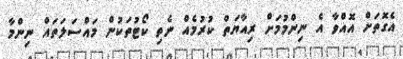
އެގޮތަށް އޮއްވާ އެ ނިންމުމަށް ރިއާޔަތް ކުރުމެއް ނެތި ކޯޓުތަކުން މައްސަލަތައް ނިންމާ